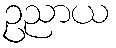
ဥညာယ